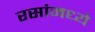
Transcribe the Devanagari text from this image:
रसांमध्ये